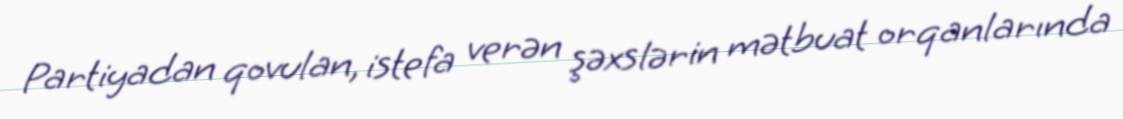
Partiyadan qovulan, istefa verən şəxslərin mətbuat orqanlarında